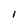
Character: l